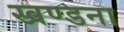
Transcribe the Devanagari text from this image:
खण्डना